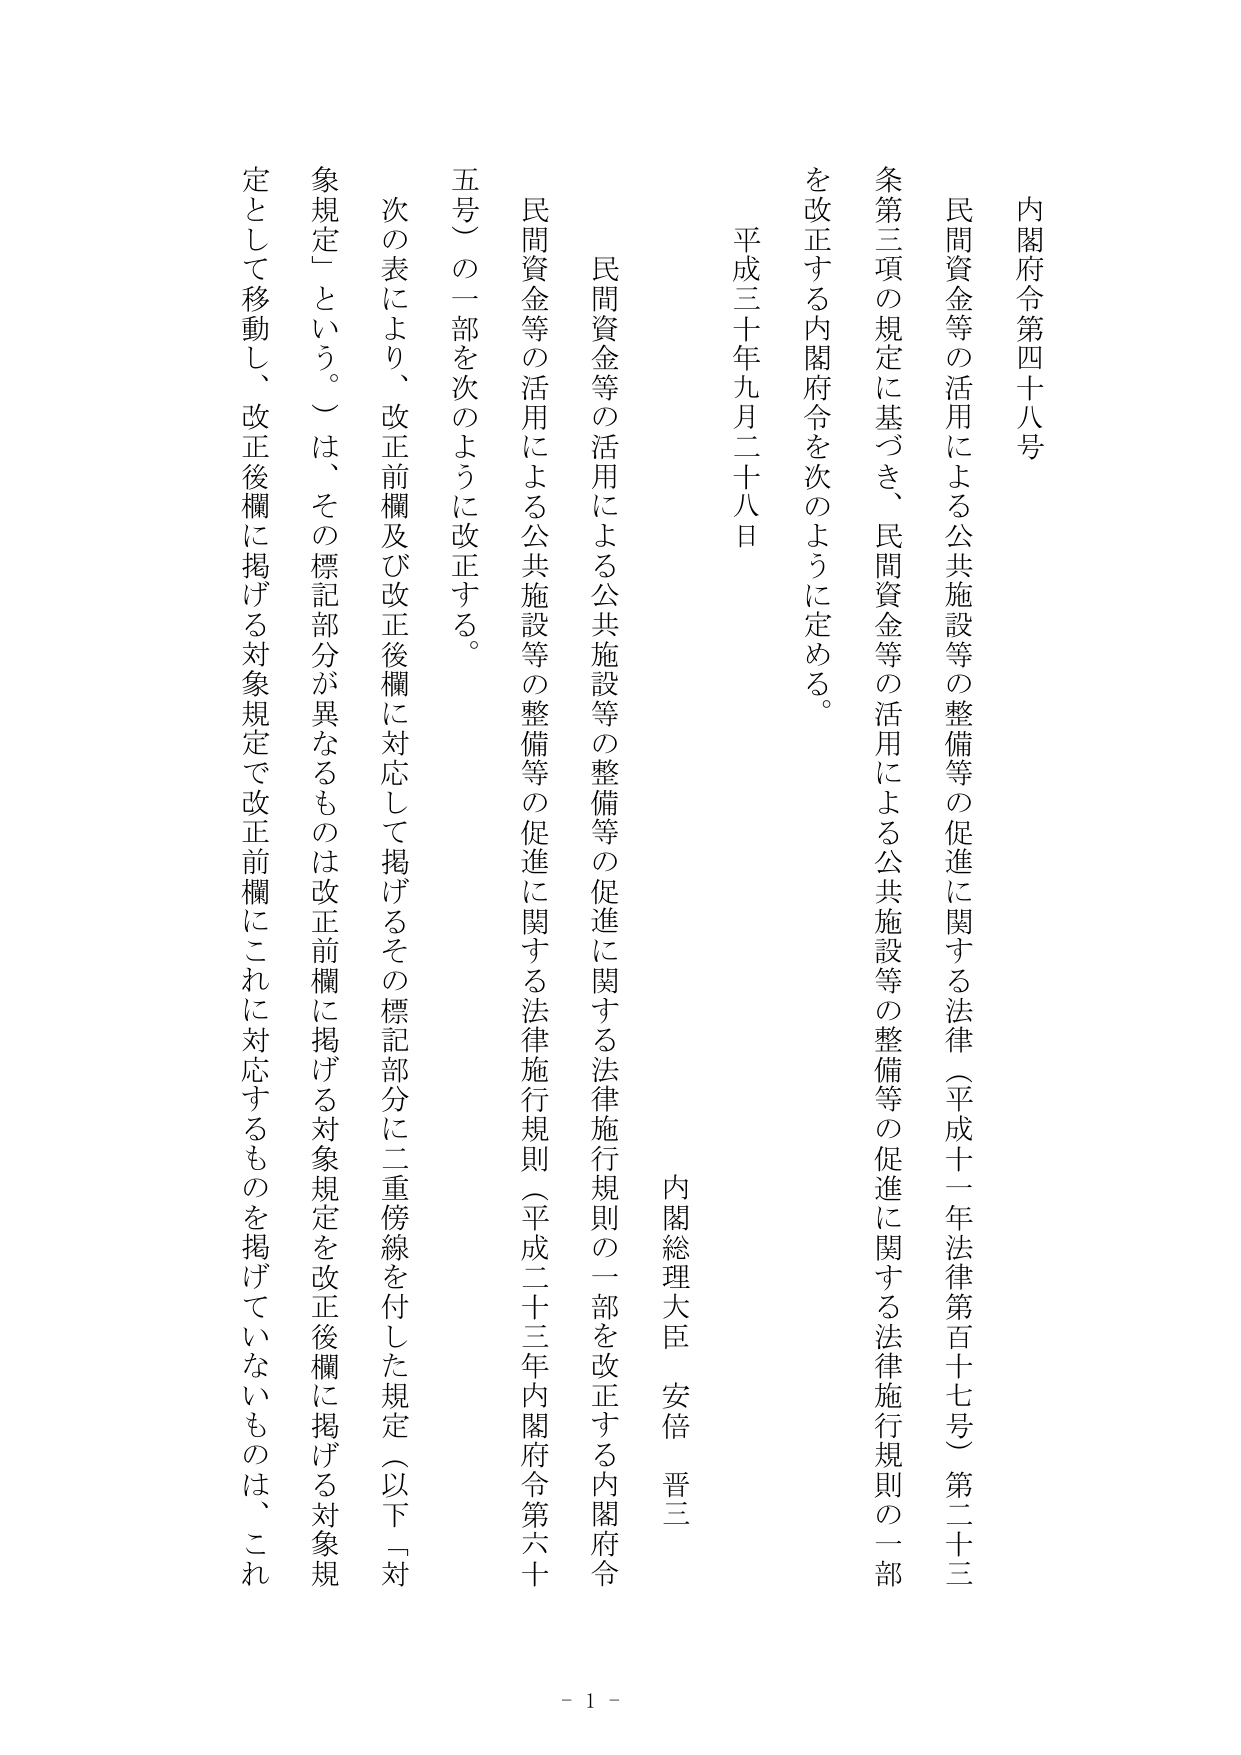
内閣府令第四十八号

民間資金等の活用による公共施設等の整備等の促進に関する法律（平成十一年法律第百十七号）第二十三条第三項の規定に基づき、民間資金等の活用による公共施設等の整備等の促進に関する法律施行規則の一部を改正する内閣府令を次のように定める。

平成三十年九月二十八日

内閣総理大臣　安倍　晋三

民間資金等の活用による公共施設等の整備等の促進に関する法律施行規則の一部を改正する内閣府令

民間資金等の活用による公共施設等の整備等の促進に関する法律施行規則（平成二十三年内閣府令第六十五号）の一部を次のように改正する。

次の表により、改正前欄及び改正後欄に対応して掲げるその標記部分に二重傍線を付した規定（以下「対象規定」という。）は、その標記部分が異なるものは改正前欄に掲げる対象規定を改正後欄に掲げる対象規定として移動し、改正後欄に掲げる対象規定で改正前欄にこれに対応するものを掲げていないものは、これ

- 1 -